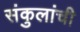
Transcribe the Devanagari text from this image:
संकुलांची